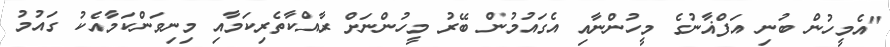
"އެމީހުން ބުނި އަފްޣާނުގެ މީހުންނާއި އެގައުމުން ބޭރު މީހުންނަށް ރާއްކާތެރިކަމާއި މިނިވަންކަމާއެކު ގައުމު